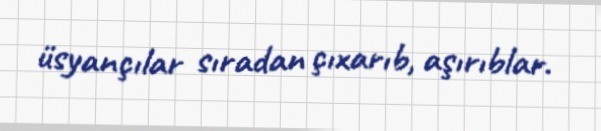
üsyançılar sıradan çıxarıb, aşırıblar.